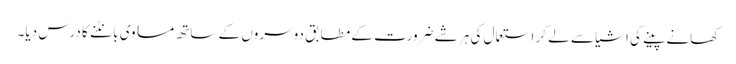
کھانے پینے کی اشیا سے لے کر استعمال کی ہر شے ضرورت کے مطابق دوسروں کے ساتھ مساوی بانٹنے کا درس دیا۔